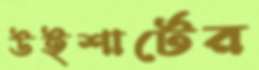
উইশার্টের